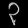
Digit: ၃